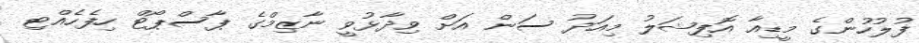
ފުލުހުންގެ މީޑިއާ އޮފިޝަލު މިއަދު ސަން އަށް ވިދާޅުވީ ނާޒިމްގެ ޕާސްޕޯޓް ހިފެހެއްޓި